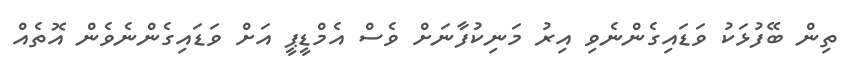
ތިން ބޭފުޅަކު ވަޑައިގެންނެވި އިރު މަނިކުފާނަށް ވެސް އެމްޑީޕީ އަށް ވަޑައިގެންނެވެން އޮތެއް